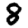
Digit: 8